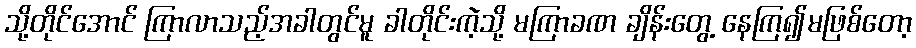
သို့တိုင်အောင် ကြာလာသည့်အခါတွင်မူ ခါတိုင်းကဲ့သို့ မကြာခဏ ချိန်းတွေ့ နေကြ၍မဖြစ်တော့